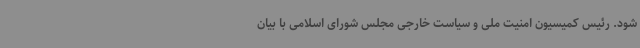
شود. رئیس کمیسیون امنیت ملی و سیاست خارجی مجلس شورای اسلامی با بیان